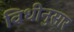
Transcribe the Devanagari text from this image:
विधीनुसार